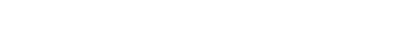
အလို မောင်မြင့်ဝေမတွေ့တာကြာပြီ ကုမ္ပဏီ တစ်ခုတည်ထောင်လိုက်ပြီဆို။